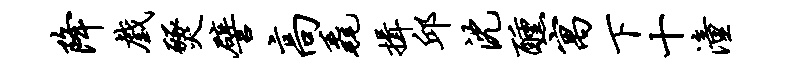
降戏燹譬高毳揖邱沈醺寓下十潼